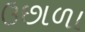
ઉછાળા